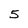
Character: 5